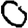
Digit: 0